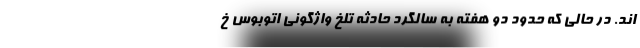
اند. در حالی که حدود دو هفته به سالگرد حادثه تلخ واژگونی اتوبوس خ